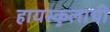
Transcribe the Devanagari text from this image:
हायस्कुलाची